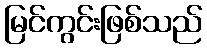
မြင်ကွင်းဖြစ်သည်